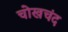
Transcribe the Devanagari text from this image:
चोखचंद